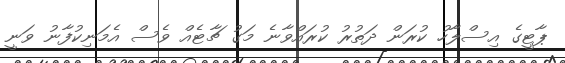
ޕާޓީގެ އިސްލާހު ކުރަން ދަތުރު ކުރައްވާނެ މަގު ޗާޓެއް ވެސް އެމަނިކުފާނު ވަނީ